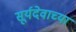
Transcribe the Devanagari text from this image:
सूर्यदेवाच्या